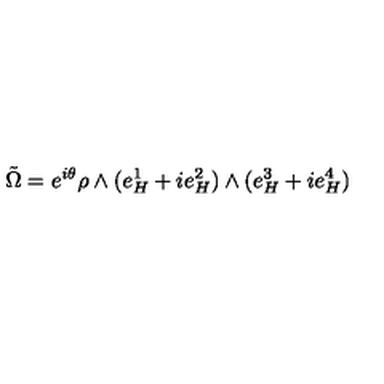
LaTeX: \tilde { \Omega } = e ^ { i \theta } \rho \wedge ( e _ { H } ^ { 1 } + i e _ { H } ^ { 2 } ) \wedge ( e _ { H } ^ { 3 } + i e _ { H } ^ { 4 } )